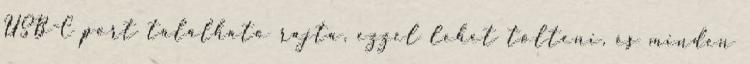
USB-C port található rajta, ezzel lehet tölteni, és minden